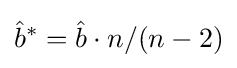
{\hat {b}}^{*}={\hat {b}}\cdot n/(n-2)